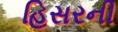
હિસરની